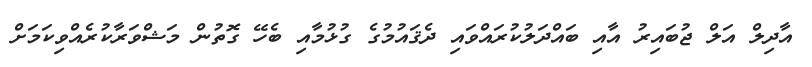
އާދިލް އަލް ޖުބައިރު އާއި ބައްދަލުކުރައްވައި ދެޤައުމުގެ ގުޅުމާއި ބެހޭ ގޮތުން މަޝްވަރާކުރެއްވިކަމަށް